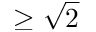
\geq \sqrt { 2 }